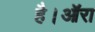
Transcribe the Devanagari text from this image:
है।ऑरा